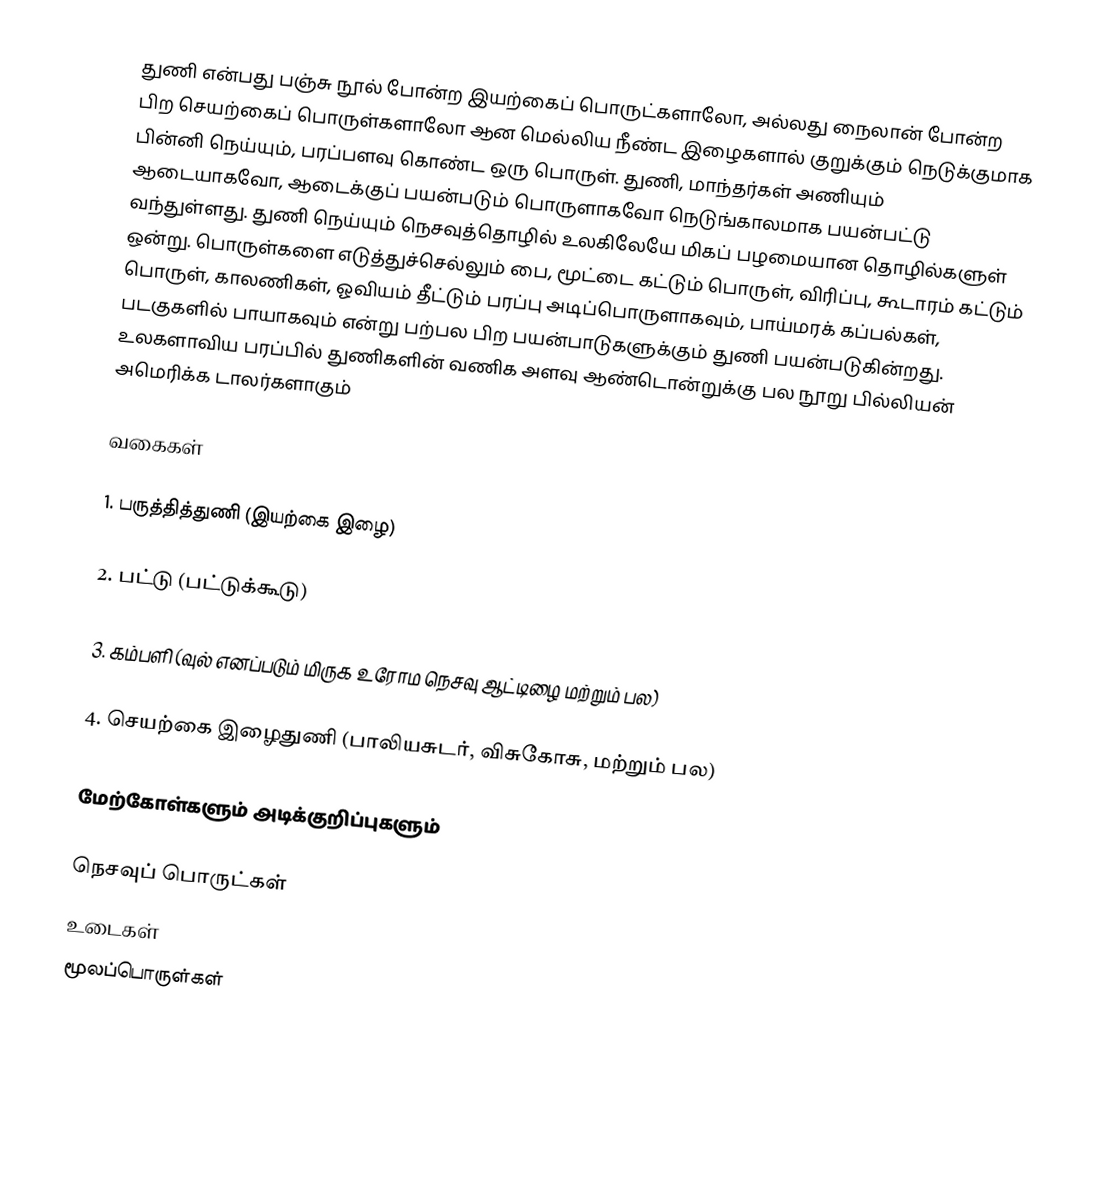
துணி என்பது பஞ்சு நூல் போன்ற இயற்கைப் பொருட்களாலோ, அல்லது நைலான் போன்ற பிற செயற்கைப் பொருள்களாலோ ஆன மெல்லிய நீண்ட இழைகளால் குறுக்கும் நெடுக்குமாக பின்னி நெய்யும், பரப்பளவு கொண்ட ஒரு பொருள். துணி, மாந்தர்கள் அணியும் ஆடையாகவோ, ஆடைக்குப் பயன்படும் பொருளாகவோ நெடுங்காலமாக பயன்பட்டு வந்துள்ளது. துணி நெய்யும் நெசவுத்தொழில் உலகிலேயே மிகப் பழமையான தொழில்களுள் ஒன்று. பொருள்களை எடுத்துச்செல்லும் பை, மூட்டை கட்டும் பொருள், விரிப்பு, கூடாரம் கட்டும் பொருள், காலணிகள், ஓவியம் தீட்டும் பரப்பு அடிப்பொருளாகவும், பாய்மரக் கப்பல்கள், படகுகளில் பாயாகவும் என்று பற்பல பிற பயன்பாடுகளுக்கும் துணி பயன்படுகின்றது. உலகளாவிய பரப்பில் துணிகளின் வணிக அளவு ஆண்டொன்றுக்கு பல நூறு பில்லியன் அமெரிக்க டாலர்களாகும்

வகைகள்

1. பருத்தித்துணி (இயற்கை  இழை)

2. பட்டு  (பட்டுக்கூடு)

3. கம்பளி (வுல் எனப்படும் மிருக உரோம நெசவு ஆட்டிழை மற்றும் பல)

4. செயற்கை இழைதுணி  (பாலியசுடர், விசுகோசு, மற்றும் பல)

மேற்கோள்களும் அடிக்குறிப்புகளும்

நெசவுப் பொருட்கள்
உடைகள்
மூலப்பொருள்கள்

ar:النسيج